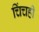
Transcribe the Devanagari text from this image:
चिंचही